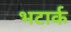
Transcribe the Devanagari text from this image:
भटार्क